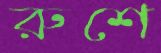
রুশে